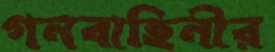
গনবাহিনীর